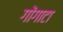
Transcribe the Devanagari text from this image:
गोंगाटा